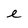
Character: e